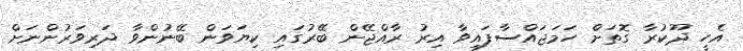
އެހީ ދޫކުރާ ގޮތަށް ހަމަޖައްސާފައިވާ އިރު ރާއްޖޭން ބޭރުގައި ކިޔަވަން ބޭނުންވާ ދަރިވަރުންނަށް